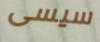
سيسى